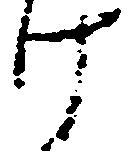
け